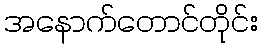
အနောက်တောင်တိုင်း